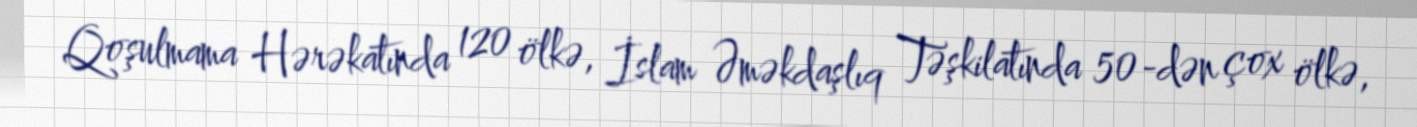
Qoşulmama Hərəkatında 120 ölkə, İslam Əməkdaşlıq Təşkilatında 50-dən çox ölkə,